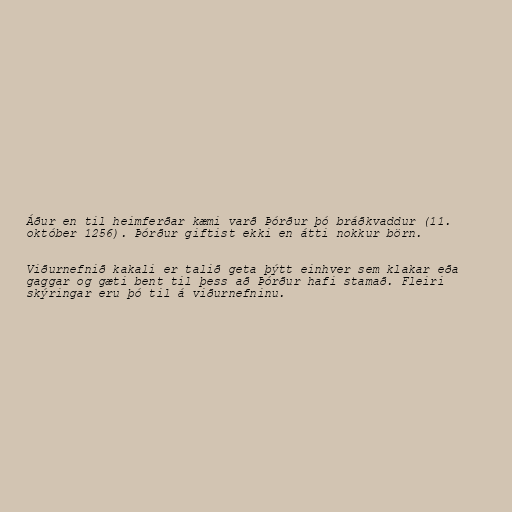
Áður en til heimferðar kæmi varð Þórður þó bráðkvaddur (11.
október 1256). Þórður giftist ekki en átti nokkur börn.

Viðurnefnið kakali er talið geta þýtt einhver sem klakar eða
gaggar og gæti bent til þess að Þórður hafi stamað. Fleiri
skýringar eru þó til á viðurnefninu.